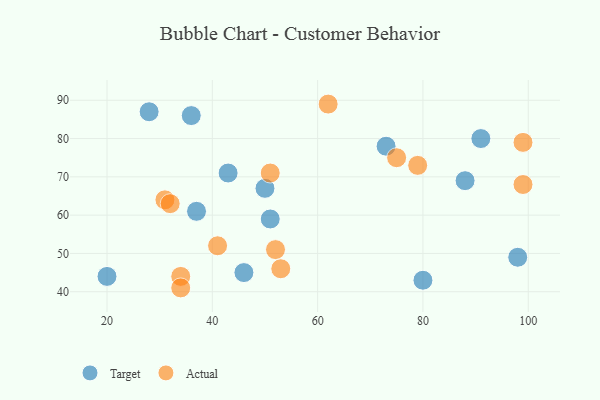
{"axis": {"x": "GDP", "y": "Life Expectancy"}, "legend": ["Actual", "Target"], "data": [{"x": "46", "y": 45, "type": "Target"}, {"x": "91", "y": 80, "type": "Target"}, {"x": "88", "y": 69, "type": "Target"}, {"x": "43", "y": 71, "type": "Target"}, {"x": "98", "y": 49, "type": "Target"}, {"x": "20", "y": 44, "type": "Target"}, {"x": "36", "y": 86, "type": "Target"}, {"x": "37", "y": 61, "type": "Target"}, {"x": "73", "y": 78, "type": "Target"}, {"x": "28", "y": 87, "type": "Target"}, {"x": "51", "y": 59, "type": "Target"}, {"x": "80", "y": 43, "type": "Target"}, {"x": "50", "y": 67, "type": "Target"}, {"x": "79", "y": 73, "type": "Actual"}, {"x": "75", "y": 75, "type": "Actual"}, {"x": "99", "y": 68, "type": "Actual"}, {"x": "34", "y": 44, "type": "Actual"}, {"x": "34", "y": 41, "type": "Actual"}, {"x": "52", "y": 51, "type": "Actual"}, {"x": "31", "y": 64, "type": "Actual"}, {"x": "99", "y": 79, "type": "Actual"}, {"x": "62", "y": 89, "type": "Actual"}, {"x": "41", "y": 52, "type": "Actual"}, {"x": "53", "y": 46, "type": "Actual"}, {"x": "51", "y": 71, "type": "Actual"}, {"x": "32", "y": 63, "type": "Actual"}]}